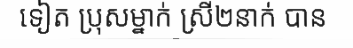
ទៀត ប្រុសម្នាក់ ស្រី២នាក់ បាន